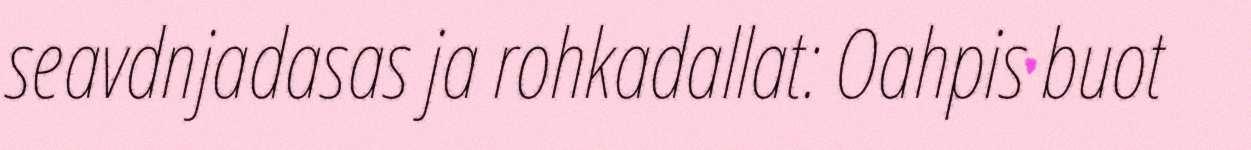
seavdnjadasas ja rohkadallat: Oahpis buot